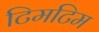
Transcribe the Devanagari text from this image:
टिमटिम